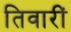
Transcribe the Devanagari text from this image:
तिवारीं